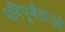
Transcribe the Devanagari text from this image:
परिपूर्णताओं